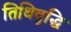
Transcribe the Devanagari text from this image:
तिथिवृद्धि